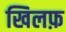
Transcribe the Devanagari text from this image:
खिलफ़